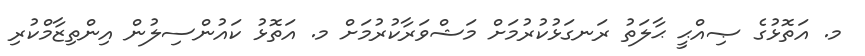
މ. އަތޮޅުގެ ޞިއްޙީ ޙާލަތު ރަނގަޅުކުރުމަށް މަޝްވަރާކުރުމަށް މ. އަތޮޅު ކައުންސިލުން އިންތިޒާމްކުރި